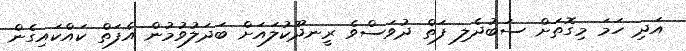
އަދި ހަމަ މިގޮތަށް ސަބުދެލި ފަތް ދުވަސްވެ ރީނދޫކުލައަށް ބަދަލުވުމުން އެފަތް ކައްކައިގެން